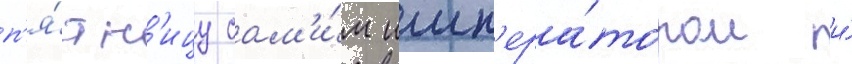
п'я́тн'ицу сам'и́м имп'ера́тором и́